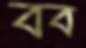
বব